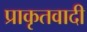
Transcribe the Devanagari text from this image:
प्राकृतवादी